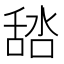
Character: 𦧞